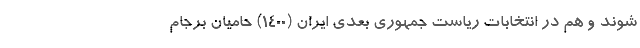
شوند و هم در انتخابات ریاست جمهوری بعدی ایران (1400) حامیان برجام